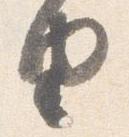
由